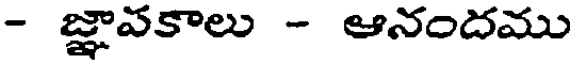
- జ్ఞావకాలు - ఆనందము